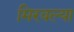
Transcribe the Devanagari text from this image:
मिरवल्या